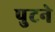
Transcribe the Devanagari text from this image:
पुटने